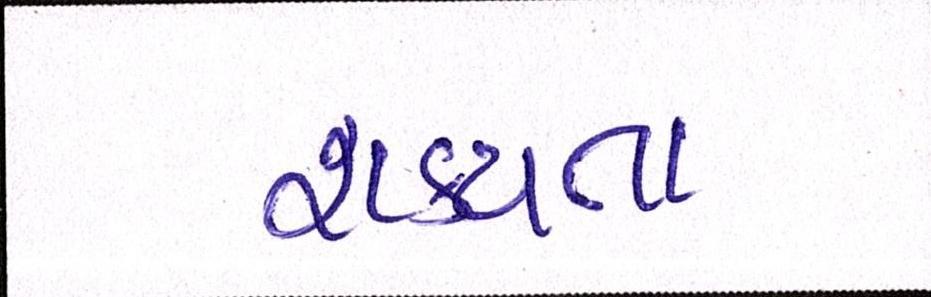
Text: શકયતા